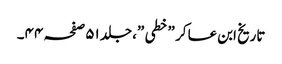
تاریخ ابن عسا کر ”خطی ”،جلد ٥١صفحہ ٤٤۔